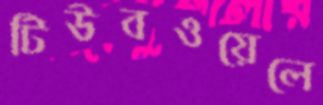
টিউবওয়েলে